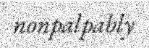
nonpalpably